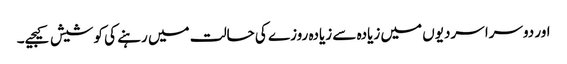
اور دوسرا سردیوں میں زیادہ سے زیادہ روزے کی حالت میں رہنے کی کوشیش کیجیے۔